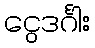
ငွေဒင်္ဂါး